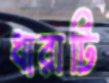
ধারাটি